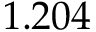
1 . 2 0 4